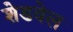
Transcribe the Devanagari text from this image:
शेडवेल